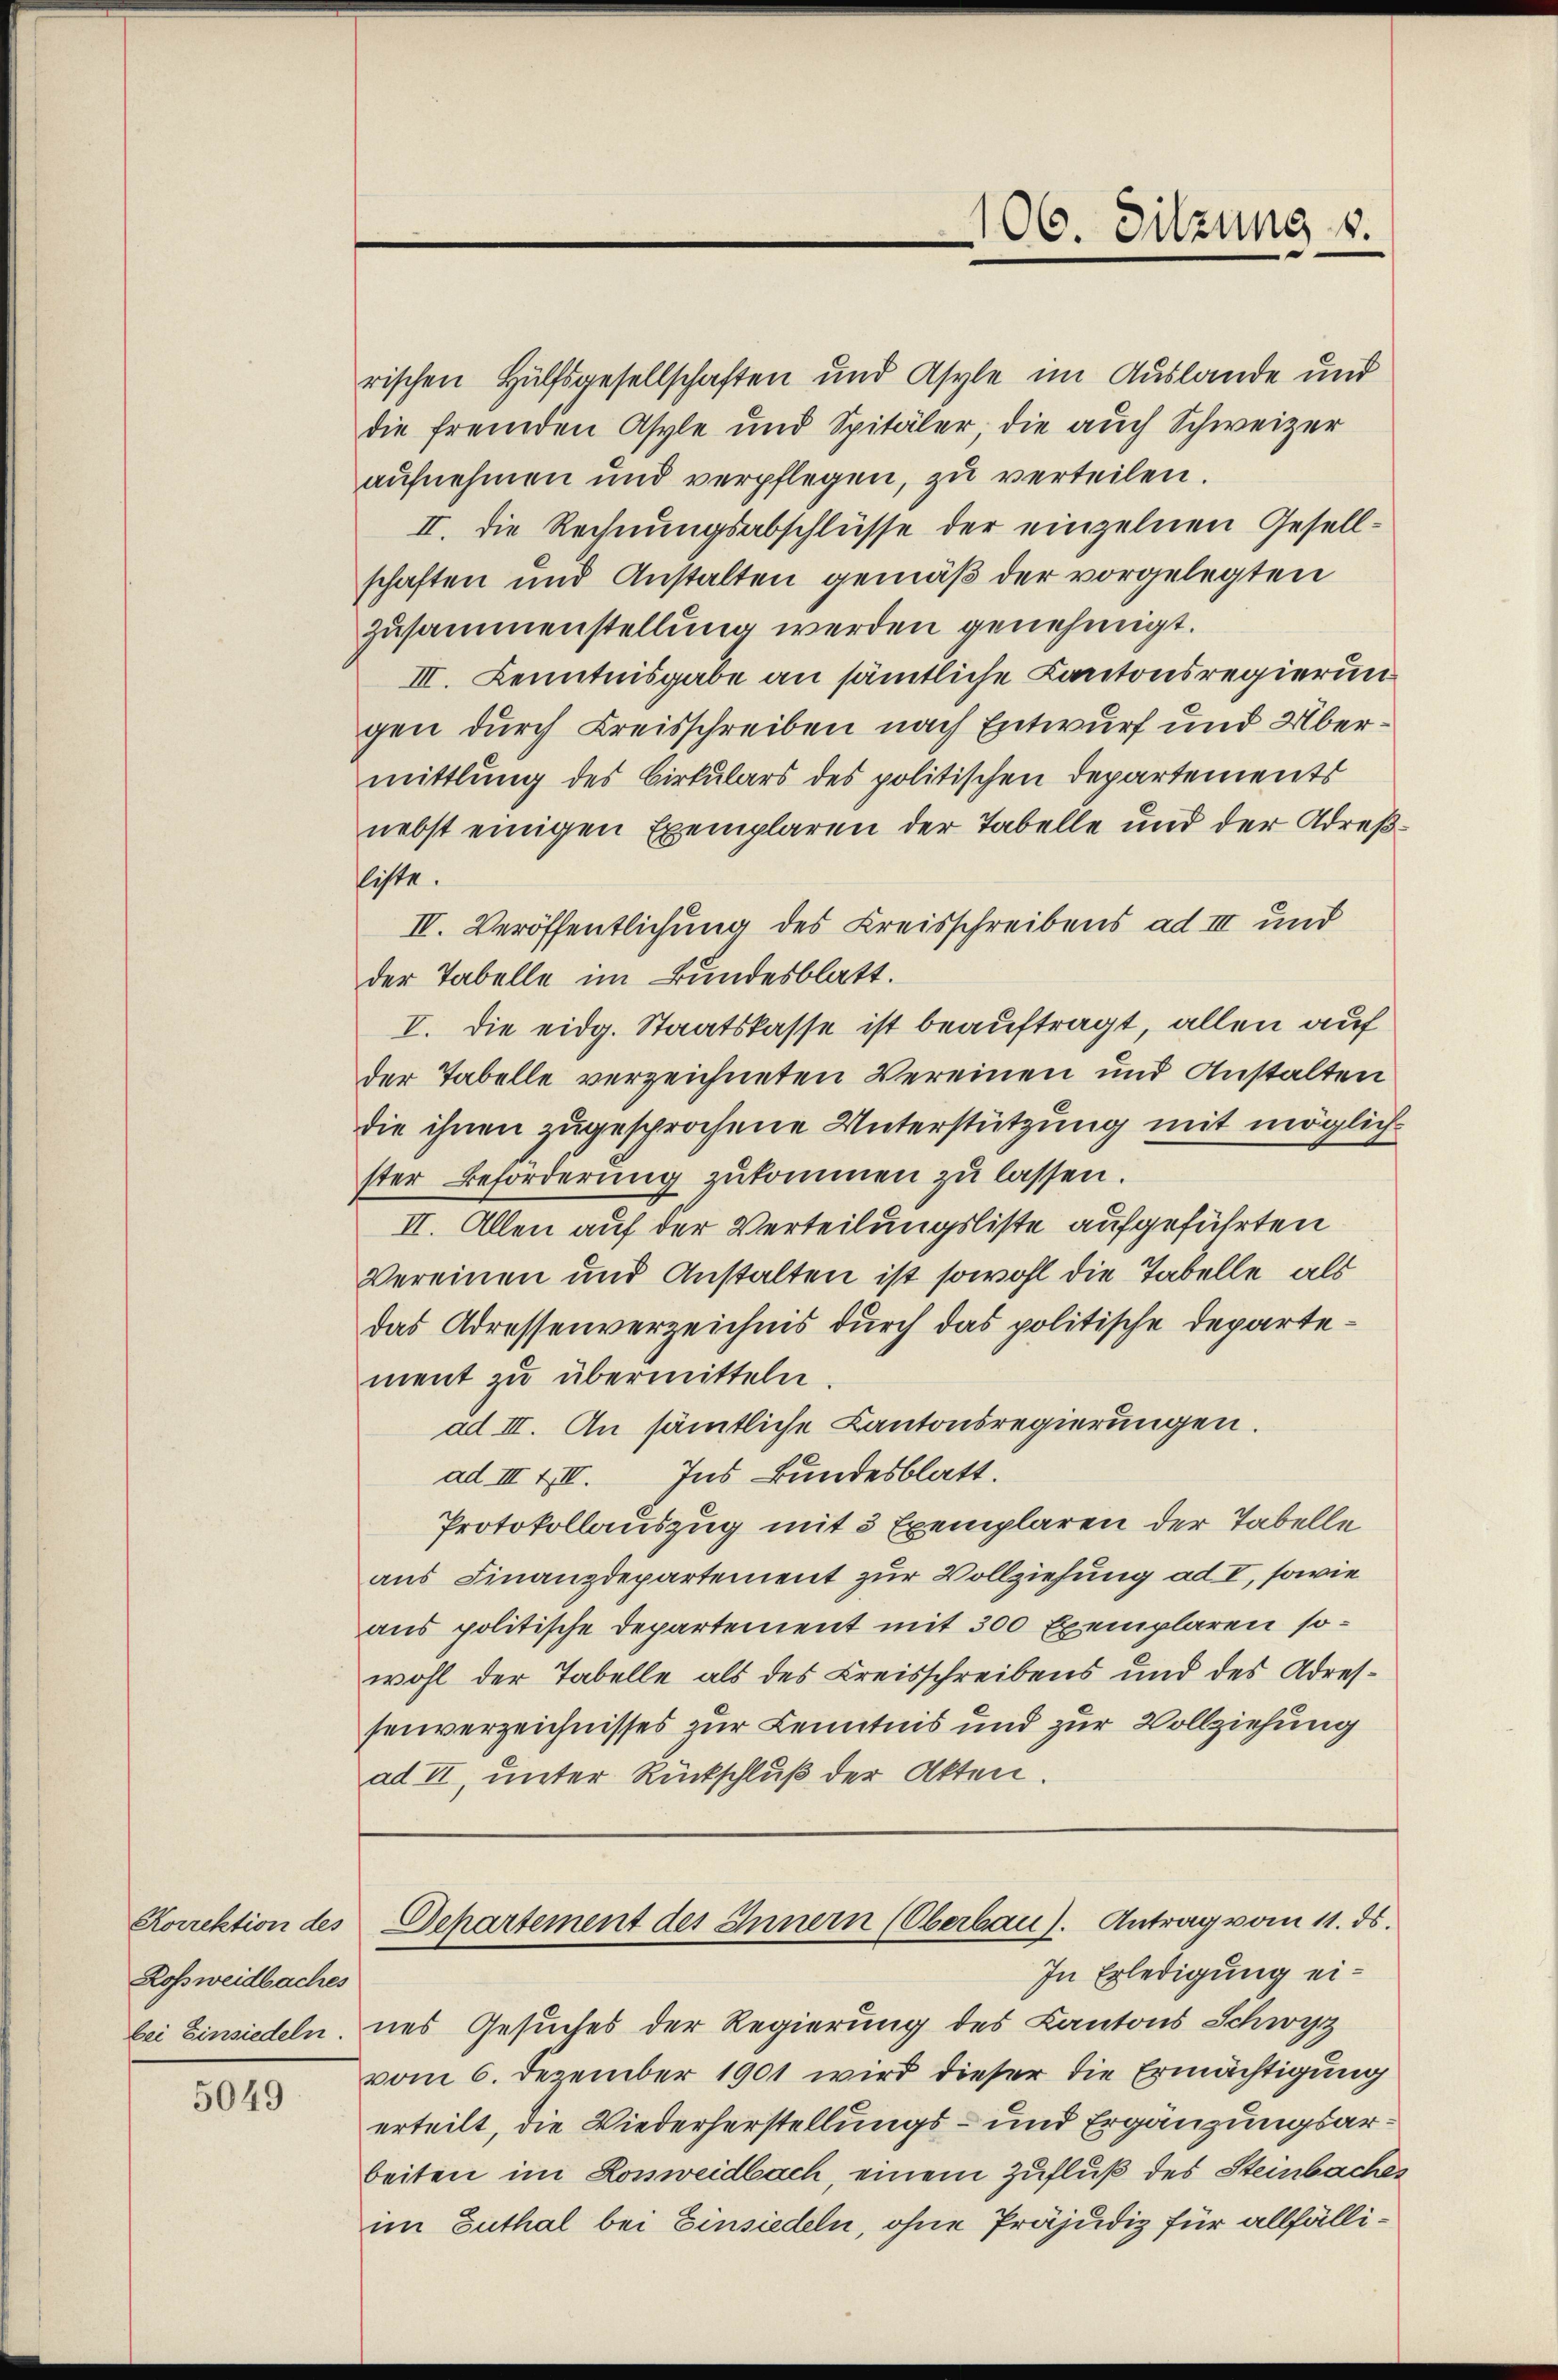
Korrektion des
Roßweidbaches
bei Einsiedeln.

5049

rischen Hülfsgesellschaften und Asyle im Auslande und
die fremden Asyle und Spitäler, die auch Schweizer
aufnehmen und verpflegen, zu verteilen.
II. Die Rechnungsabschlüsse der einzelnen Gesellschaften und Anstalten gemäß der vorgelegten
zusammenstellung werden genehmigt.
III. Kenntnisgabe an sämtliche Kantonsregierun
gen durch Kreisschreiben nach Entwurf und Übermittlung des Cirkulars des politischen Departements
nebst einigen Exemplaren der Tabelle und der Adreßfliste.
IV. Veröffentlichung des Kreisschreibens ad III und
der Tabelle im Bundesblatt.
I. Die eidg. Staatskasse ist beauftragt, allen auf
der Tabelle verzeichneten Vereinen und Anstalten
die ihnen zugesprochene Unterstützung mit möglich
ster Beförderung zukommen zu lassen.
II. Allen auf der Verteilungsliste aufgeführten
Vereinen und Anstalten ist sowohl die Tabelle, als
das Adressenverzeichnis durch das politische Departement zu übermitteln.
ad III. An sämtliche Kantonsregierungen.
ad III & II. Ins Bundesblatt.
Protokollauszug mit 3 Exemplaren der Tabelle
aus Finanzdepartement zur Vollziehung ad I, sowie
aus politische Departement mit 300 Exemplaren sowohl der Tabelle als des Kreisschreibens und des Adressenverzeichnisses zur Kenntnis und zur Vollziehung
ad II, unter Rückschluß der Akten.

106. Sitzung 1.

In Erledigung eines Gesuches der Regierung des Kantons Schwyz
vom 6. Dezember 1901 wird dieser die Ermächtigung
erteilt, die Wiederherstellungs- und Ergänzungsarbeiten im Ronweidbach, einem Zufluß des Steinbaches
im Zuthal bei Einsiedeln, ohne Präjudiz für allfälli¬

Departement des Innern (Oberbau). Antrag vom 11. ds.